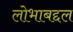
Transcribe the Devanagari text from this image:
लोभाबद्दल